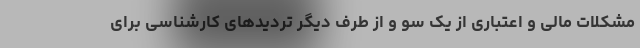
مشکلات مالی و اعتباری از یک سو و از طرف دیگر تردیدهای کارشناسی برای